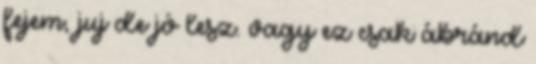
fejem, juj de jó lesz. vagy ez csak ábránd